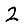
Digit: 2